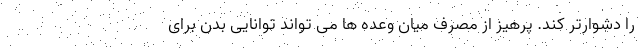
را دشوارتر کند. پرهیز از مصرف میان وعده ها می تواند توانایی بدن برای